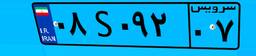
۰۸S۰۹۲۰۷